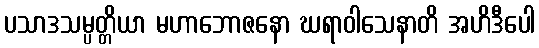
ပသာဒသမ္ပတ္တိယာ မဟာဘောဇနော ဃရာဝါသေနာတိ အဟိဒီပေါ